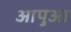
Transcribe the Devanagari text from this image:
आपुआ